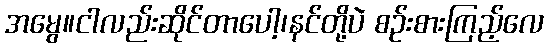
အမွေ။ငါလည်းဆိုင်တာပေါ့၊နင်တို့ပဲ စဉ်းစားကြည့်လေ